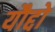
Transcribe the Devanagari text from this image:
यौद्दो